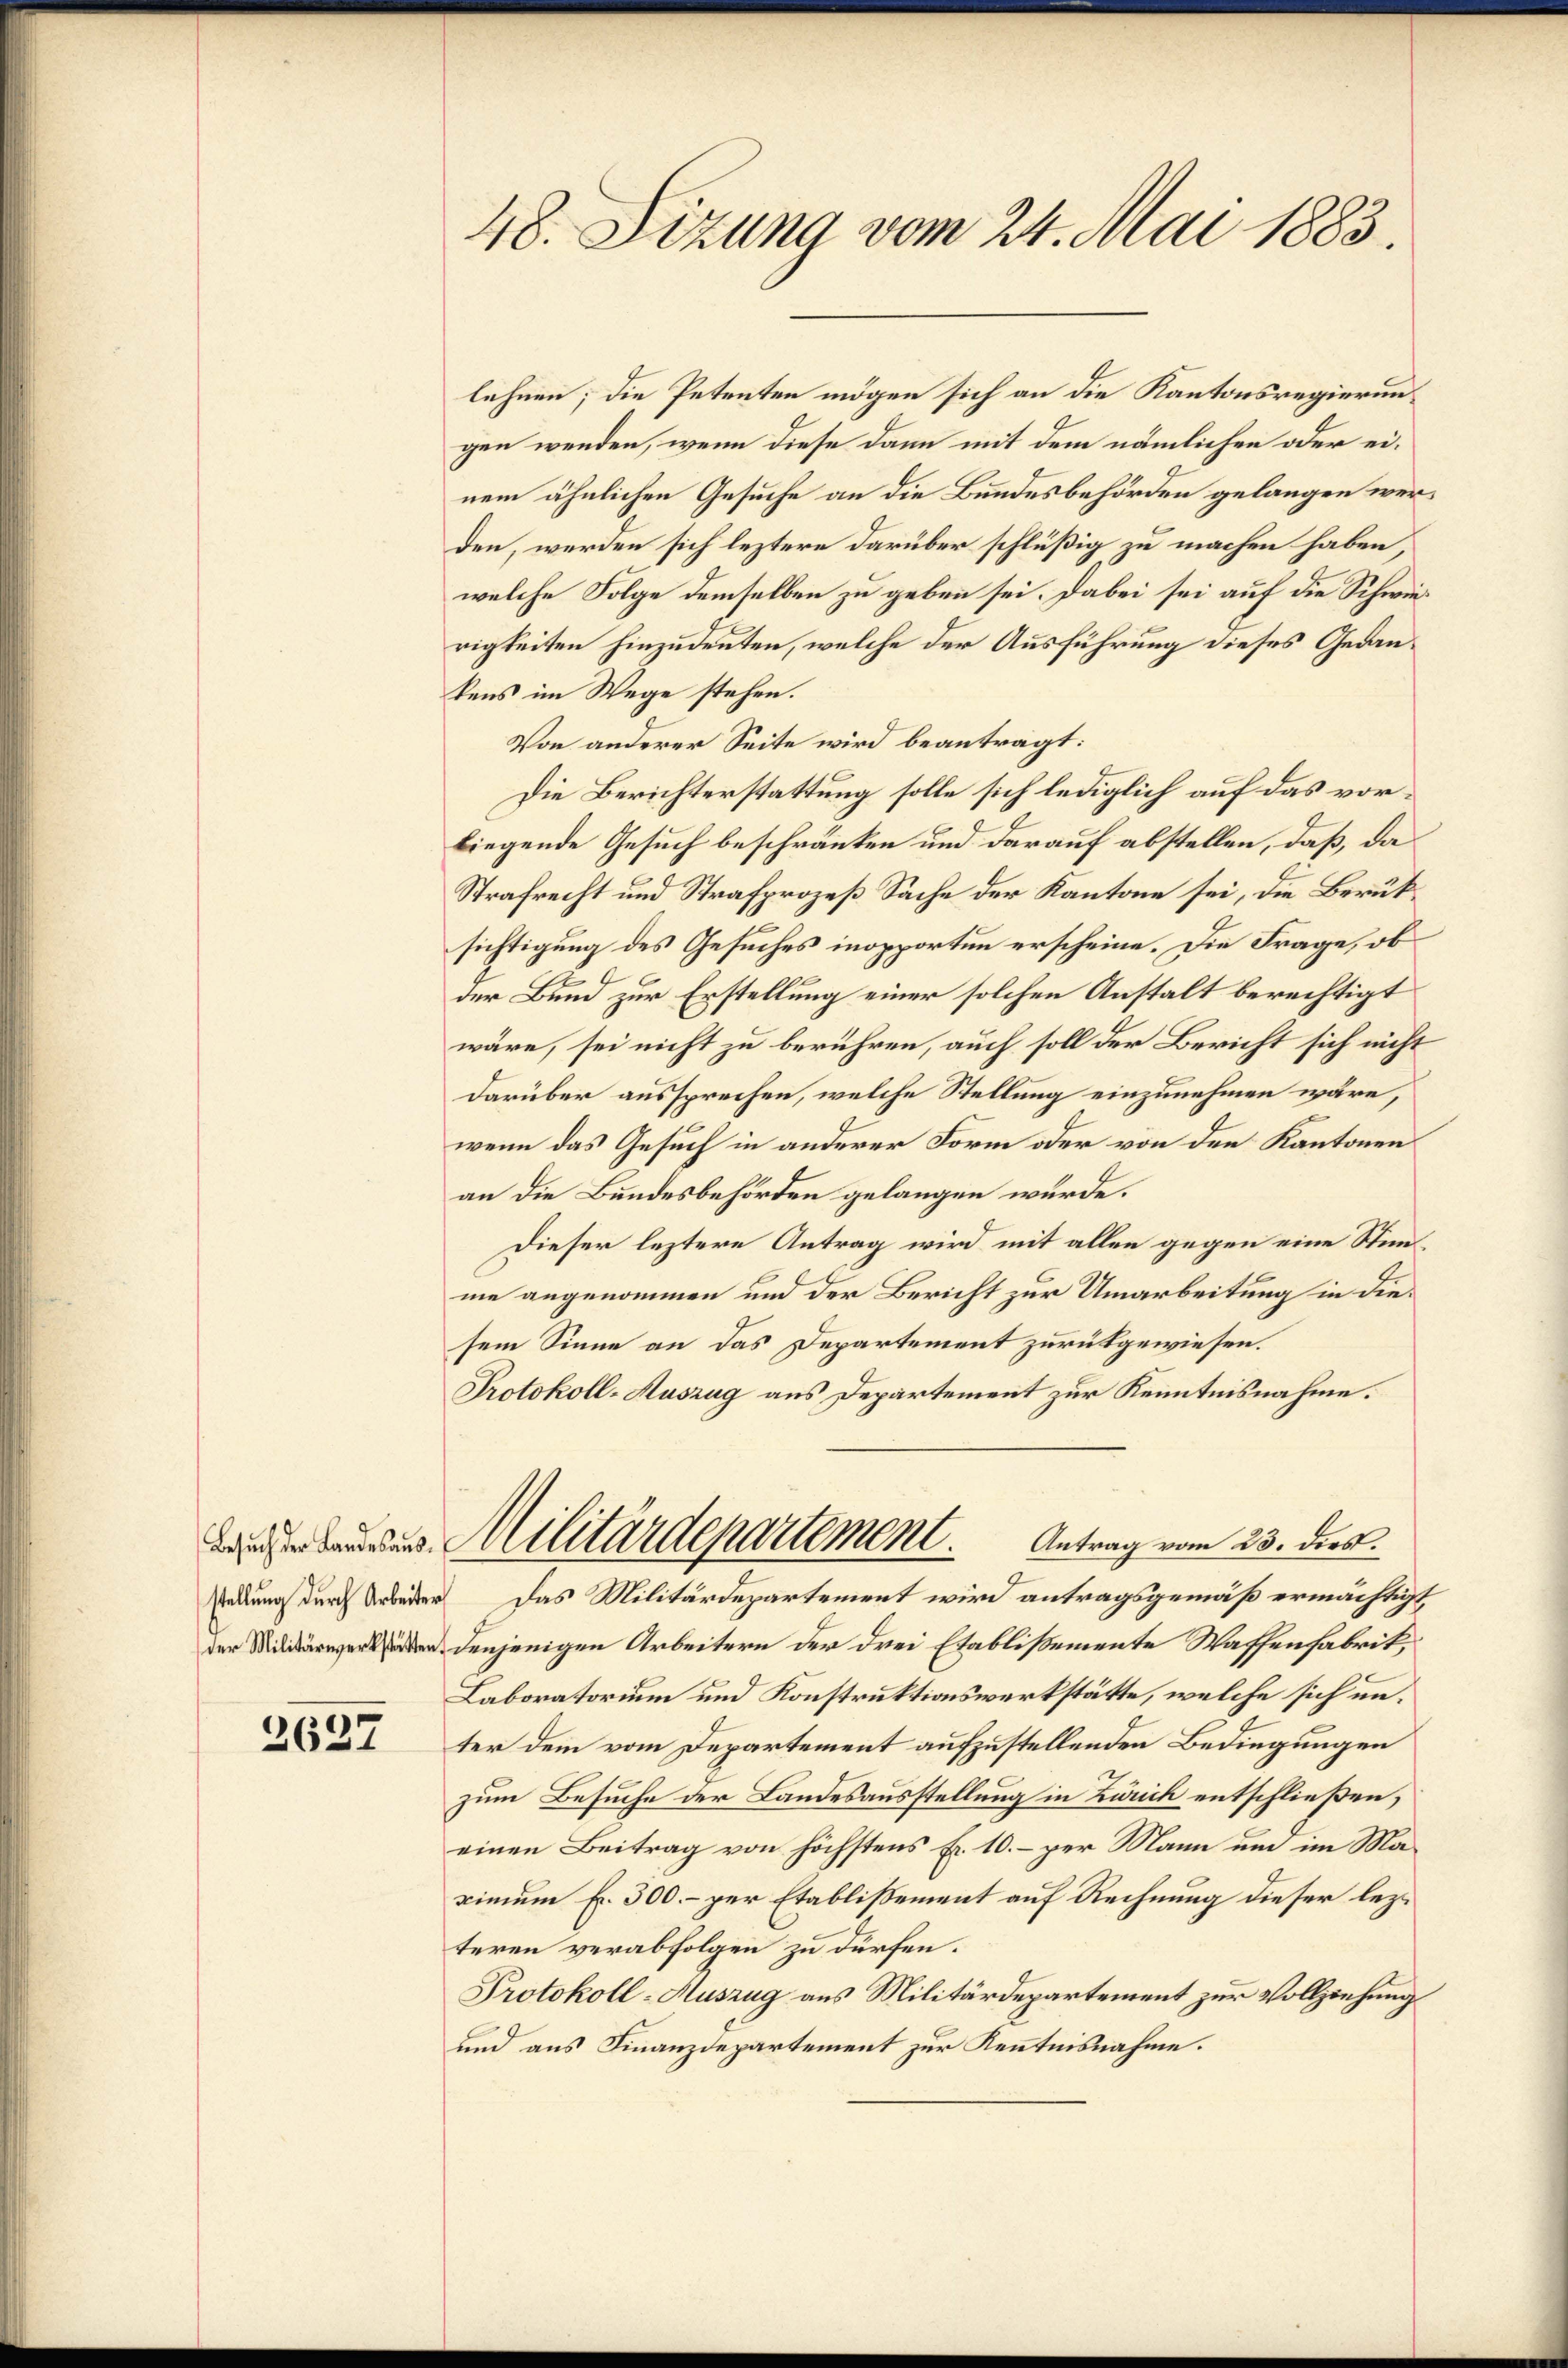
Besŭch der Landesaŭs.

3637

48. Sizung vom 24. Mai 1883.

lehnen; die Petenten mögen sich an die Kantonsregierungen wenden, wenn diese dann mit dem nämlichen oder einem ähnlichen Gesuche an die Bundesbehörden gelangen werden, werden sich leztere darüber schlüßig zu machen haben,
welche Folge demselben zu geben sei. Dabei sei auf die Schwierigkeiten hinzudeuten, welche der Ausführung dieses Gedankens im Wege stehen.
Von anderer Seite wird beanträgt:
Die Berichterstattung solle sich lediglich auf das vorliegende Gesuch beschränken und darauf abstellen, daß, da
Strafrecht und Strafprozeß Sache der Kantone sei, die Berüksichtigung des Gesuches inopporten erscheine. Die Frage, ob
der Bund zur Erstellung einer solchen Anstalt berechtigt
wäre, sei nicht zu berühren, auch soll der Bericht sich nicht
darüber aussprechen, welche Stellung einzunehmen wäre,
wenn das Gesuch in anderer Form oder von den Kantonen
an die Bundesbehörden gelangen würde.
Dieser leztere Antrag wird mit allen gegen eine Stemme angenommen und der Bericht zur Umarbeitung in diesem Sinne an das Departement zurükgewiesen.
Protokoll-Auszug aus Departement zur Kenntnisnahme.
Militärdepartement. Antrag vom 23. ders.
stellung durch Arbeiter das Militärdepartement wird antragsgemäß ermächtigt
 denjenigen Arbeitern der drei Etablissemente Waffenfabrik,
Laboratorium und Konstruktionswerkstätte, welche sich unter dem vom Departement aufzustellenden Bedingungen
zum Besuche der Landesausstellung in Zürich entschließen,
einen Beitrag von höchstens Fr. 10.- per Mann um im Maximum fr. 300.- per Etablissement auf Rechnung dieser lezteren verabfolgen zu dürfen.
Protokoll-Auszug aus Militärdepartement zur Vollziehung
und aus Finanzdepartement zur Kenntnisnahme.